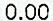
0.00